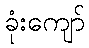
ခုံးကျော်